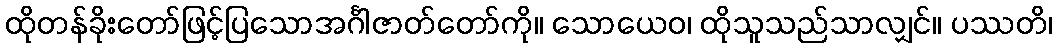
ထိုတန်ခိုးတော်ဖြင့်ပြသောအင်္ဂါဇာတ်တော်ကို။ သောယေဝ၊ ထိုသူသည်သာလျှင်။ ပဿတိ၊